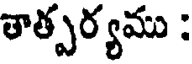
తాత్పర్యము :